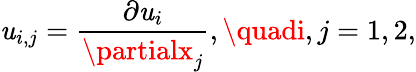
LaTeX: \mathit{u}_{i,j}=\frac{{\partial\mathit{u}_{i}}}{{\partialx_{j}}},\quadi,j=1,2,